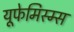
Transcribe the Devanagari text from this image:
यूफेमिस्म्स